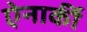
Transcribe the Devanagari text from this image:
ऐनार्की